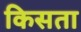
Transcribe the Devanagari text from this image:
किसता